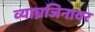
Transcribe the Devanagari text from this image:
व्याघ्रजिनावर